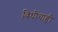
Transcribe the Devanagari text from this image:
विधींचाही